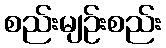
စည်းမျဉ်းစည်း